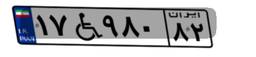
۱۷W۹۸۰۸۲